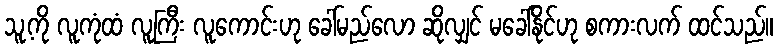
သူ့ကို လူကုံထံ လူကြီး လူကောင်းဟု ခေါ်မည်လော ဆိုလျှင် မခေါ်နိုင်ဟု စကားလက် ထင်သည်။